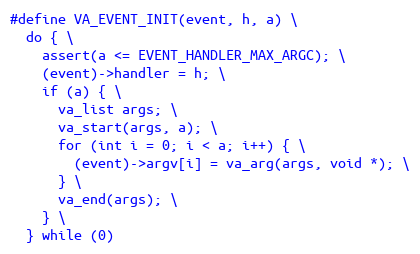
Language: C
#define VA_EVENT_INIT(event, h, a) \
  do { \
    assert(a <= EVENT_HANDLER_MAX_ARGC); \
    (event)->handler = h; \
    if (a) { \
      va_list args; \
      va_start(args, a); \
      for (int i = 0; i < a; i++) { \
        (event)->argv[i] = va_arg(args, void *); \
      } \
      va_end(args); \
    } \
  } while (0)